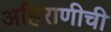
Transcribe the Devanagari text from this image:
अहिराणीची